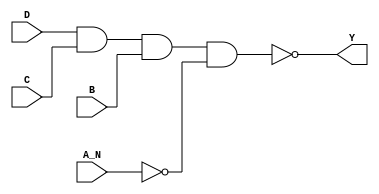
/*
 * Copyright 2020 The SkyWater PDK Authors
 *
 * Licensed under the Apache License, Version 2.0 (the "License");
 * you may not use this file except in compliance with the License.
 * You may obtain a copy of the License at
 *
 *     https://www.apache.org/licenses/LICENSE-2.0
 *
 * Unless required by applicable law or agreed to in writing, software
 * distributed under the License is distributed on an "AS IS" BASIS,
 * WITHOUT WARRANTIES OR CONDITIONS OF ANY KIND, either express or implied.
 * See the License for the specific language governing permissions and
 * limitations under the License.
 *
 * SPDX-License-Identifier: Apache-2.0
*/


`ifndef SKY130_FD_SC_LS__NAND4B_BEHAVIORAL_V
`define SKY130_FD_SC_LS__NAND4B_BEHAVIORAL_V

/**
 * nand4b: 4-input NAND, first input inverted.
 *
 * Verilog simulation functional model.
 */

`timescale 1ns / 1ps
`default_nettype none

`celldefine
module sky130_fd_sc_ls__nand4b (
    Y  ,
    A_N,
    B  ,
    C  ,
    D
);

    // Module ports
    output Y  ;
    input  A_N;
    input  B  ;
    input  C  ;
    input  D  ;

    // Module supplies
    supply1 VPWR;
    supply0 VGND;
    supply1 VPB ;
    supply0 VNB ;

    // Local signals
    wire not0_out   ;
    wire nand0_out_Y;

    //   Name   Output       Other arguments
    not  not0  (not0_out   , A_N              );
    nand nand0 (nand0_out_Y, D, C, B, not0_out);
    buf  buf0  (Y          , nand0_out_Y      );

endmodule
`endcelldefine

`default_nettype wire
`endif  // SKY130_FD_SC_LS__NAND4B_BEHAVIORAL_V